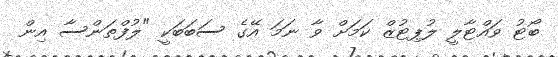
ބޯޓު ވައްޓާލީ ލުޕިޓުޒް ކަމަށް ވާ ނަމަ އޭގެ ސަބަބަކީ "ލުފްތަންސާ އިން